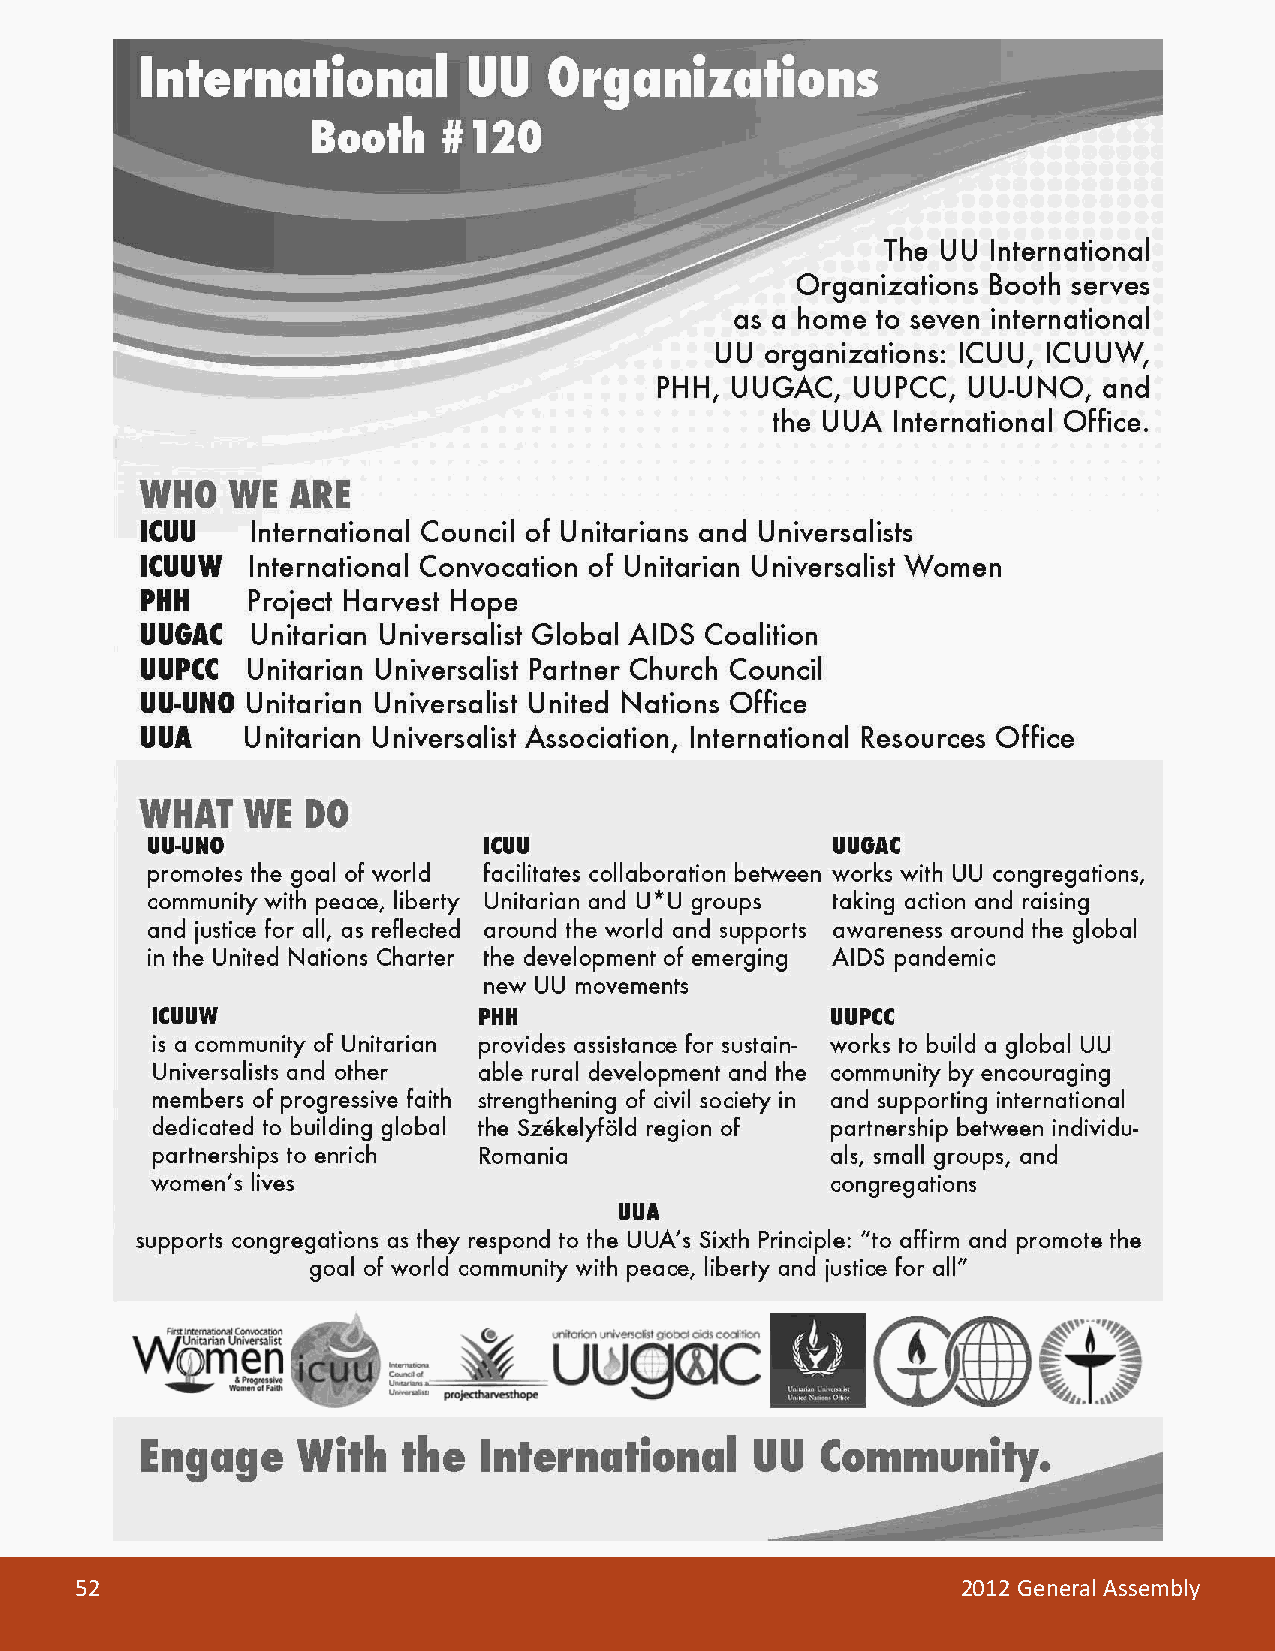
52                                                         2012 General Assembly